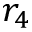
r _ { 4 }